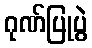
ဂုဏ်ပြုပွဲ